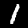
Label: 1